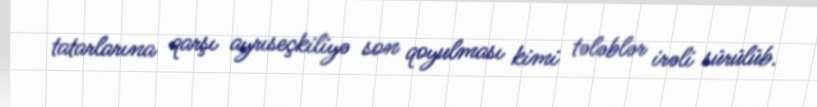
tatarlarına qarşı ayrıseçkiliyə son qoyulması kimi tələblər irəli sürülüb.